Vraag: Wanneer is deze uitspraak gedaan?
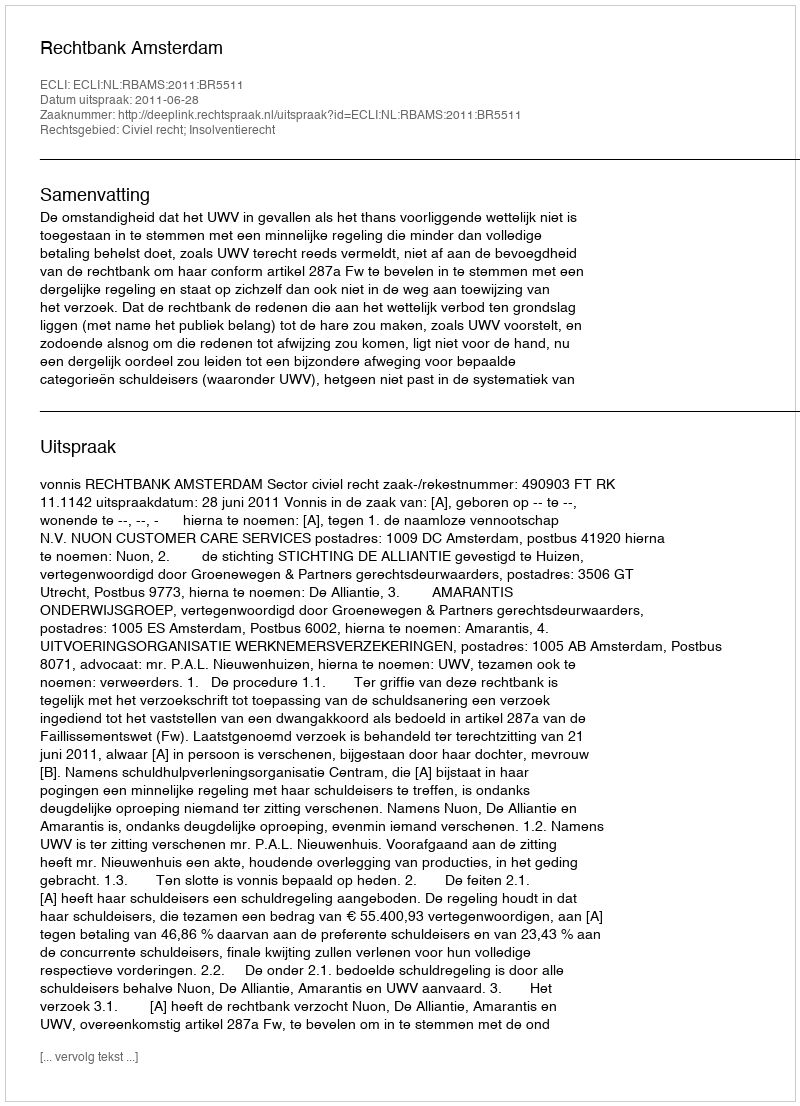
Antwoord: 2011-06-28